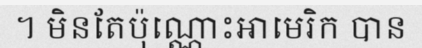
។ មិនតែប៉ុណ្ណោះអាមេរិក បាន